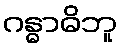
ဂန္ဓာဓိဘူ